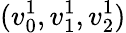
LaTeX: (v_{0}^{1},v_{1}^{1},v_{2}^{1})